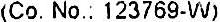
(CO.NO.: 123769-W)